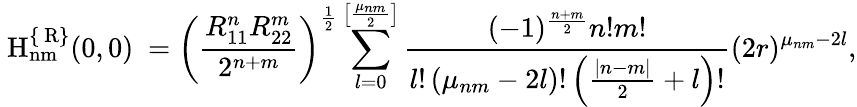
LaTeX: \mathrm{~H_{nm}^{\{ {\mathbf~R}\} }(0,0)~}=\left(\frac{R_{11}^{n}R_{22}^{m}}{2^{n+m}}\right)^{\frac 12}\sum_{l=0}^{\left[\frac{\mu_{nm}}2\right]}\frac{(-1)^{\frac{n+m}2}n!m!}{l!\left(\mu_{nm}-2l\right)!\left(\frac{|n-m|}2+l\right)!}(2r)^{\mu_{nm}-2l},